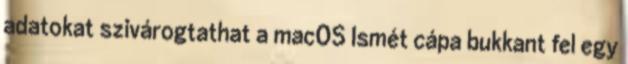
adatokat szivárogtathat a macOS Ismét cápa bukkant fel egy